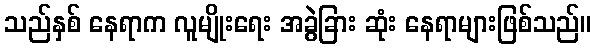
သည်နှစ် နေရာက လူမျိုးရေး အခွဲခြား ဆုံး နေရာများဖြစ်သည်။